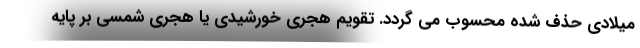
میلادی حذف شده محسوب می گردد. تقویم هجری خورشیدی یا هجری شمسی بر پایهٔ